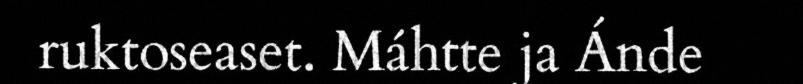
ruktoseaset. Máhtte ja Ánde